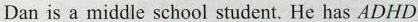
Dan is a middle school student. He has ADHD